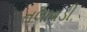
તલાવડી